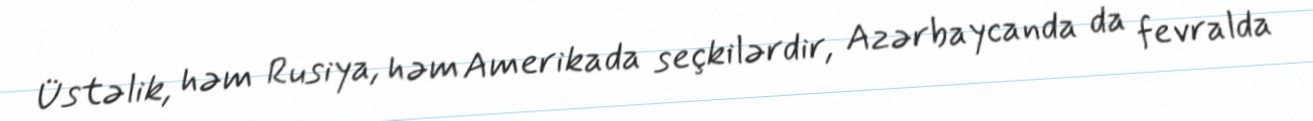
Üstəlik, həm Rusiya, həm Amerikada seçkilərdir, Azərbaycanda da fevralda